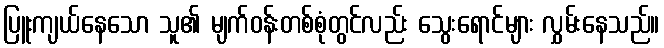
ပြူးကျယ်နေသော သူ၏ မျက်ဝန်းတစ်စုံတွင်လည်း သွေးရောင်များ လွှမ်းနေသည်။